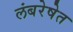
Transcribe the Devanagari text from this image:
लंबरेषेत